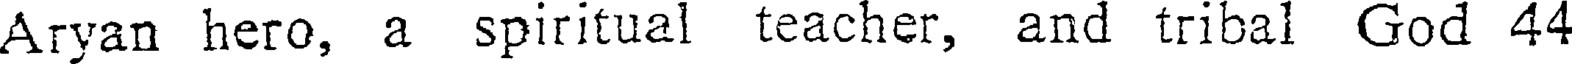
Aryan hero, a spiritual teacher, and tribal God 44